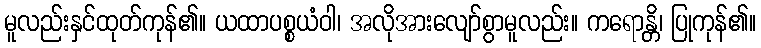
မူလည်းနှင်ထုတ်ကုန်၏။ ယထာပစ္စယံဝါ၊ အလိုအားလျော်စွာမူလည်း။ ကရောန္တိ၊ ပြုကုန်၏။